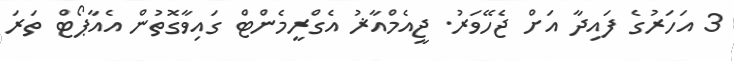
3 އަހަރުގެ ފައިދާ އަށް ޖެހޭވަރު. ޖީއެމްއާޜު އެގްރީމެންޓް ގައިވާގޮތުން އެއާޕޯޓް ތަރަ